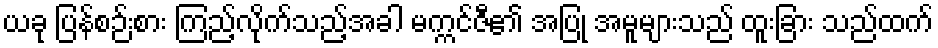
ယခု ပြန်စဉ်းစား ကြည့်လိုက်သည့်အခါ မက္ကင်ဇီ၏ အပြု အမူများသည် ထူးခြား သည်ထက်